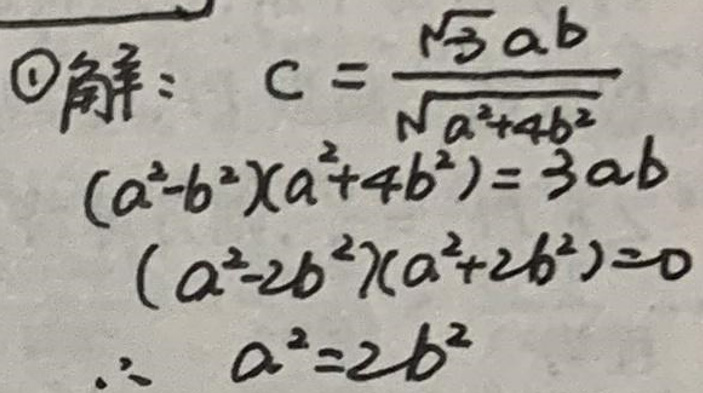
\circle{1}解\(: c&=\frac{\sqrt{3}ab}{\sqrt{a^{2} + 4b^{2}}}\)\\
\((a^{2}-b^{2})(a^{2}+4b^{2})&=3ab\)\\
\((a^{2}-2b^{2})(a^{2}+2b^{2})&=0\)\\
\(\therefore a^{2}&=2b^{2}\)